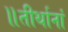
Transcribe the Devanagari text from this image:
॥तीर्थानां